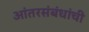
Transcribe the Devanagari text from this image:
आंतरसंबंधांची